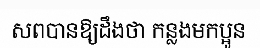
សពបានឱ្យដឹងថា កន្លងមកប្អូន